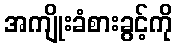
အကျိုးခံစားခွင့်ကို